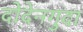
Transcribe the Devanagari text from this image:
दोदेनगुदा